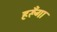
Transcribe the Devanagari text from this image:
हरूँगा